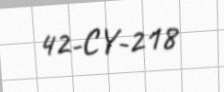
42-CY-218